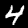
Digit: 4